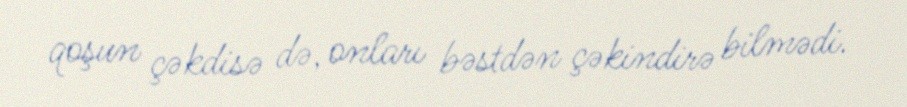
qoşun çəkdisə də, onları bəstdən çəkindirə bilmədi.